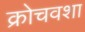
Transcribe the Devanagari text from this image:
क्रोचवशा